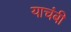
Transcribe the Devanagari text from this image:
याचंबी